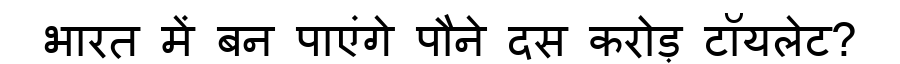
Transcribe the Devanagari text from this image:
भारत में बन पाएंगे पौने दस करोड़ टॉयलेट?